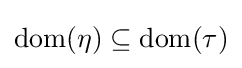
\operatorname {dom} (\eta )\subseteq \operatorname {dom} (\tau )